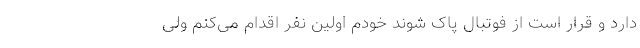
دارد و قرار است از فوتبال پاک شوند خودم اولین نفر اقدام می‌کنم ولی